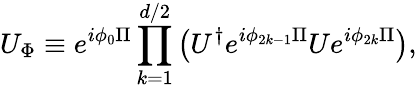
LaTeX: U_{\Phi}\equiv e^{i\phi_{0}\Pi}\prod_{k=1}^{d/2}\left(U^{\dagger}e^{i\phi_{2k-1}\Pi}Ue^{i\phi_{2k}\Pi}\right),